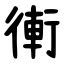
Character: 䡓